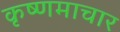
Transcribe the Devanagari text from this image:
कृष्णमाचार